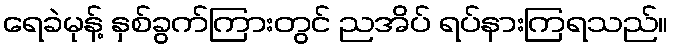
ရေခဲမုန့် နှစ်ခွက်ကြားတွင် ညအိပ် ရပ်နားကြရသည်။